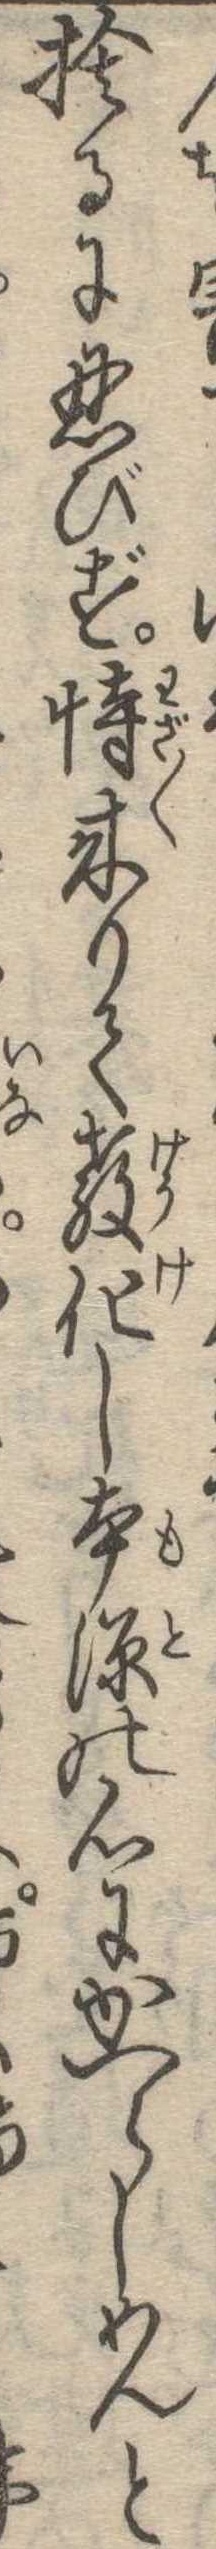
捨るに忍びず恃来りて教化し本源の心にかへらしめんと